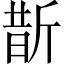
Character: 斮